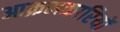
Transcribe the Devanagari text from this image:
आक्रमकारियों